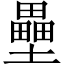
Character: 壘